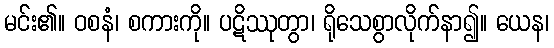
မင်း၏။ ဝစနံ၊ စကားကို။ ပဋိဿုတွာ၊ ရိုသေစွာလိုက်နာ၍။ ယေန၊